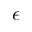
\epsilon